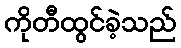
ကိုတီထွင်ခဲ့သည်